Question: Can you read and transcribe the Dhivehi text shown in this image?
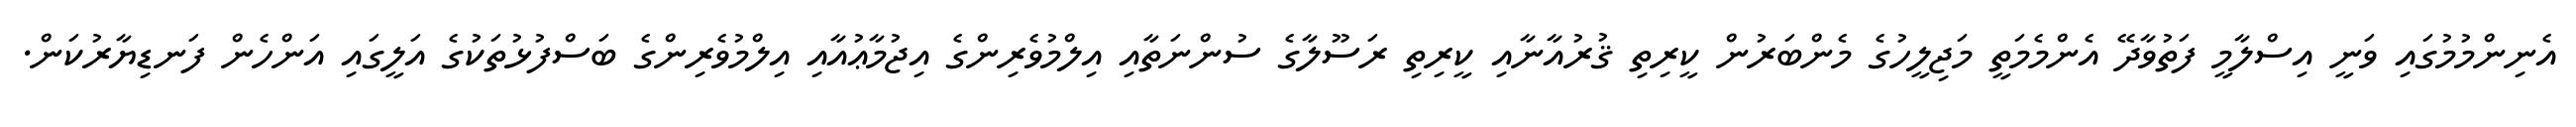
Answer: އެނިންމުމުގައި ވަނީ އިސްލާމީ ފަތުވާދޭ އެންމެމަތީ މަޖިލީހުގެ މެންބަރުން ކީރިތި ޤުރުއާނާއި ކީރިތި ރަސޫލާގެ ސުންނަތާއި އިލްމުވެރިންގެ އިޖުމާޢުއާއި އިލްމުވެރިންގެ ބަސްފުޅުތަކުގެ އަލީގައި އަންހެން ފަނޑިޔާރުކަން.